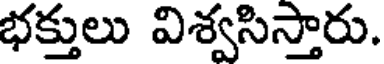
భక్తులు విశ్వసిస్తారు.